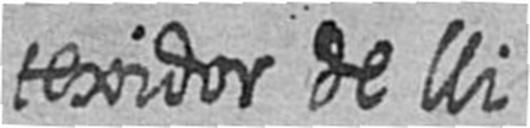
texidor de lli